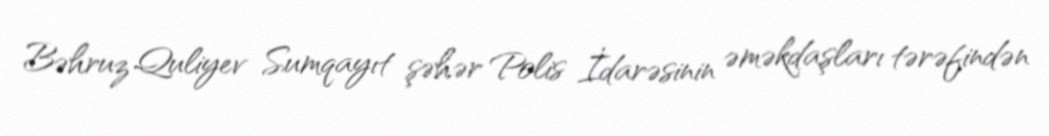
Bəhruz Quliyev Sumqayıt şəhər Polis İdarəsinin əməkdaşları tərəfindən